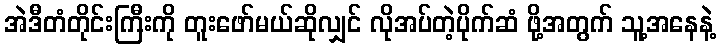
အဲဒီတံတိုင်းကြီးကို တူးဖော်မယ်ဆိုလျှင် လိုအပ်တဲ့ပိုက်ဆံ ဖို့အတွက် သူ့အနေနဲ့